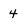
Character: 4